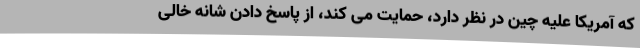
که آمریکا علیه چین در نظر دارد، حمایت می کند، از پاسخ دادن شانه خالی